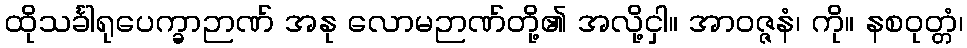
ထိုသင်္ခါရုပေက္ခာဉာဏ် အနု လောမဉာဏ်တို့၏ အလို့ငှါ။ အာဝဇ္ဇနံ၊ ကို။ နစဝုတ္တံ၊